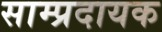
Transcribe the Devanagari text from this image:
साम्प्रदायक